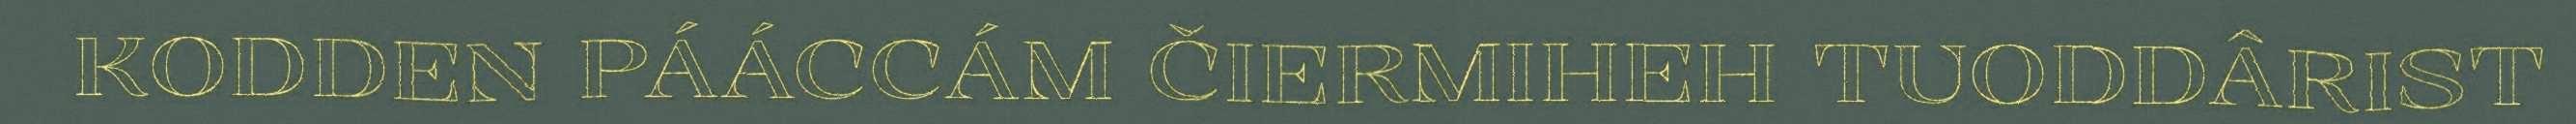
KODDEN PÁÁCCÁM ČIERMIHEH TUODDÂRIST